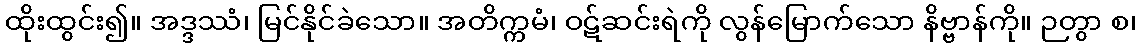
ထိုးထွင်း၍။ အဒ္ဒဿံ၊ မြင်နိုင်ခဲသော။ အတိက္ကမံ၊ ဝဋ်ဆင်းရဲကို လွန်မြောက်သော နိဗ္ဗာန်ကို။ ဉတွာ စ၊